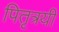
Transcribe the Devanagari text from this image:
पितृत्रयी